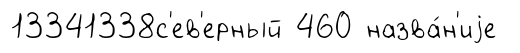
13341338с'ев'ерный 460 назва́н'иjе